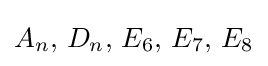
A_{n},\,D_{n},\,E_{6},\,E_{7},\,E_{8}